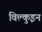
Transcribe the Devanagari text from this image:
विल्कुइन